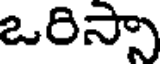
ఒరిస్సా